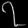
Digit: ၇